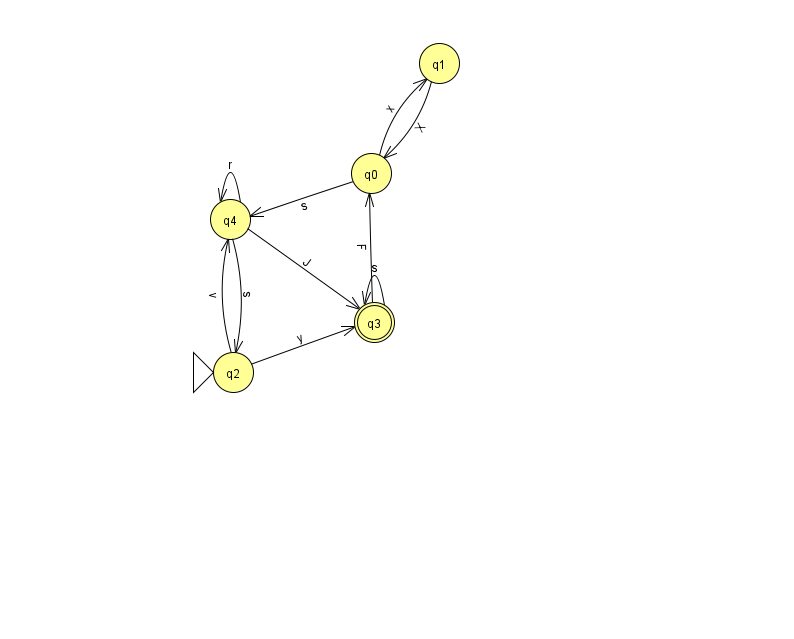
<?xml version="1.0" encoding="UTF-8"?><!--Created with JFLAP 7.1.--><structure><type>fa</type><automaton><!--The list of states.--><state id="0" name="q0"><x>371.0</x><y>160.0</y></state><state id="1" name="q1"><x>439.0</x><y>50.0</y></state><state id="2" name="q2"><x>233.0</x><y>359.0</y><initial/></state><state id="3" name="q3"><x>374.0</x><y>309.0</y><final/></state><state id="4" name="q4"><x>230.0</x><y>206.0</y></state><!--The list of transitions.--><transition><from>0</from><to>1</to><read>x</read></transition><transition><from>1</from><to>0</to><read>X</read></transition><transition><from>2</from><to>3</to><read>y</read></transition><transition><from>4</from><to>2</to><read>s</read></transition><transition><from>4</from><to>3</to><read>J</read></transition><transition><from>4</from><to>4</to><read>r</read></transition><transition><from>3</from><to>3</to><read>s</read></transition><transition><from>2</from><to>4</to><read>v</read></transition><transition><from>0</from><to>4</to><read>s</read></transition><transition><from>3</from><to>0</to><read>F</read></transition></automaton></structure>